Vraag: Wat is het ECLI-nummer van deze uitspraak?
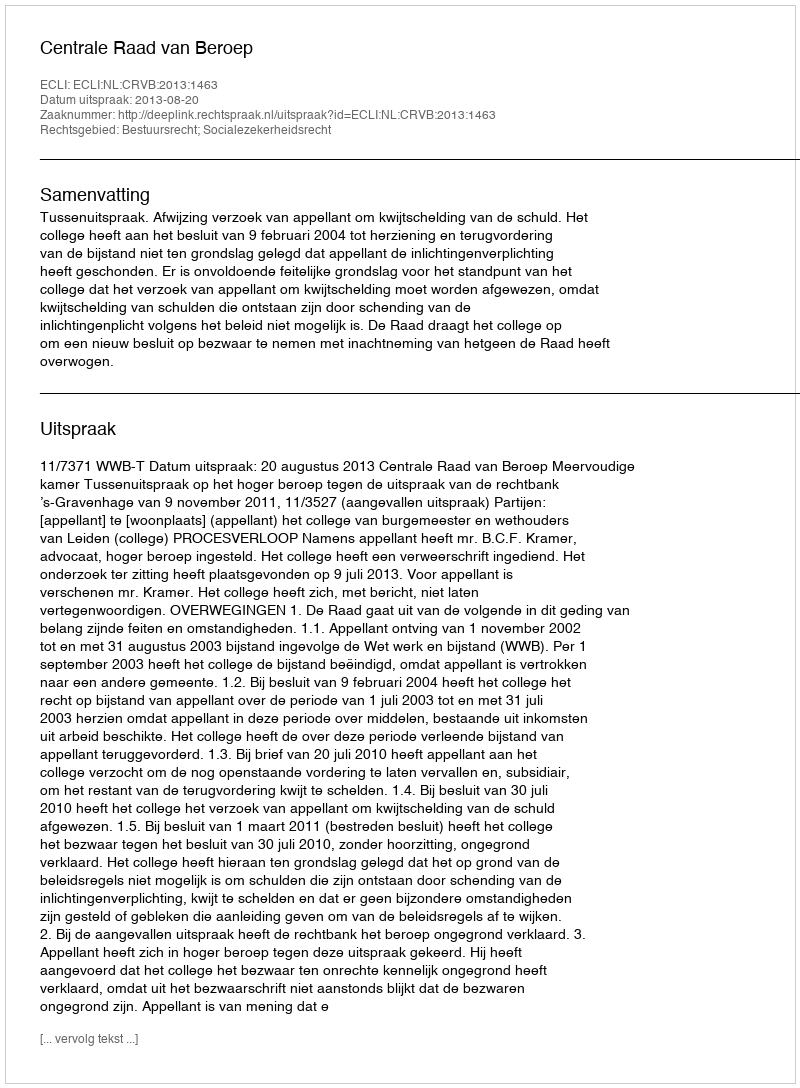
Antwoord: ECLI:NL:CRVB:2013:1463